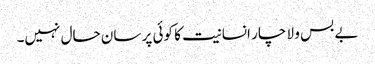
بے بس و لا چار انسانیت کا کوئی پر سان حال نہیں۔